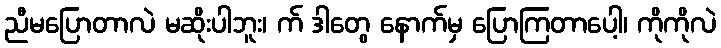
ညီမပြောတာလဲ မဆိုးပါဘူး၊ က် ဒါတွေ နောက်မှ ပြောကြတာပေါ့၊ ကိုကိုလဲ